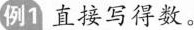
例1 直接写得数。